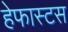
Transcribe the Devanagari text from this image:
हेफास्टस